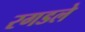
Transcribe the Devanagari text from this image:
रगडले